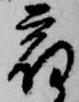
宿